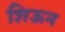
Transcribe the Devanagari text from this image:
शिऊन